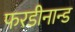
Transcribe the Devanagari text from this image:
फरडीनान्ड